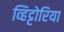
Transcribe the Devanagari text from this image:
व्हिट्टोरिया